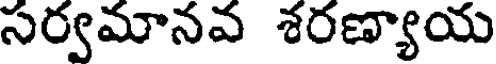
సర్వమానవ శరణ్యాయ